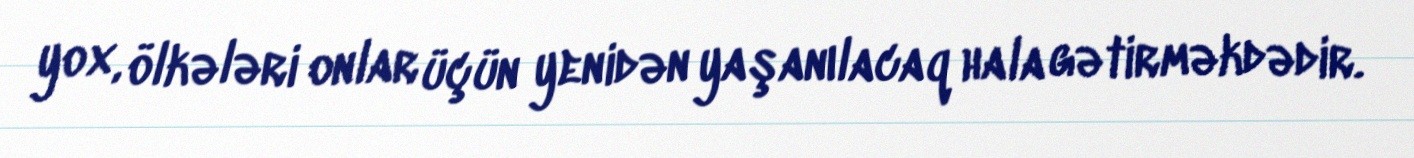
yox, ölkələri onlar üçün yenidən yaşanılacaq hala gətirməkdədir.